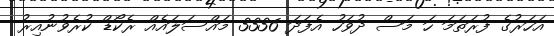
އަހަރުގެ ފުރަތަމަ ހަ މަސް ދުވަހު އެފަދަ 3336 މައްސަލައެއް ރެކޯޑް ކުރެވުނުއިރު